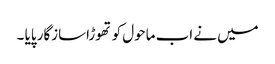
میں نے اب ماحول کو تھوڑاسازگار پایا ۔